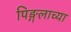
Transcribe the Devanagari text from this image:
पिङ्गलाच्या